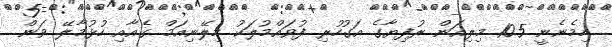
ހިމެނެނީ 10.5 މިލިއަން ރުފިޔާގެ އަގުހުރި ފުވައްމުލަކު މިލޭނިއަމް ގެއާއި ހުޅުމާލޭ ވަން